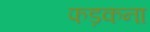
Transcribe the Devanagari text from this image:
फड़कना